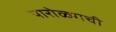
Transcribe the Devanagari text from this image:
पारोळ्याची